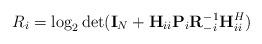
LaTeX: \begin{align*}R_i=\log_2\det({\bf I}_N+{\bf H}_{ii}{\bf P}_i{\bf R}_{-i}^{-1}{\bf H}_{ii}^H)\end{align*}